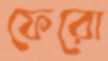
ফেরো